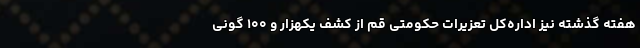
هفته گذشته نیز اداره‌کل تعزیرات حکومتی قم از کشف یکهزار و ۱۰۰ گونی